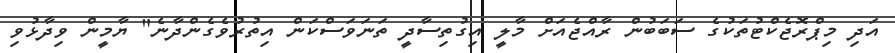
އަދި މިޕްރޮޖެކްޓުތަކުގެ ސަބަބުން ރާއްޖެއަށް މާލީ އިގުތިސާދީ ތަނަވަސްކަން އިތުރުވެގެންދާނެ" ޔާމީން ވިދާޅުވި